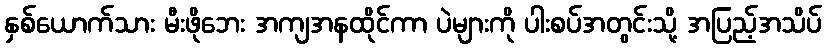
နှစ်ယောက်သား မီးဖိုဘေး အကျအနထိုင်ကာ ပဲများကို ပါးစပ်အတွင်းသို့ အပြည့်အသိပ်